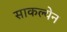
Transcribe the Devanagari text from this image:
साकल्येन